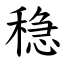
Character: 稳